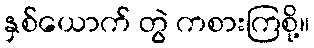
နှစ်ယောက် တွဲ ကစားကြစို့။